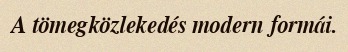
A tömegközlekedés modern formái.